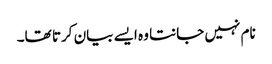
نام نہیں جانتا وہ ایسے بیان کرتا تھا۔